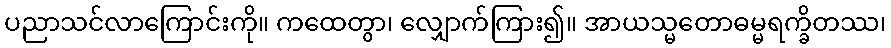
ပညာသင်လာကြောင်းကို။ ကထေတွာ၊ လျှောက်ကြား၍။ အာယသ္မတောဓမ္မရက္ခိတဿ၊